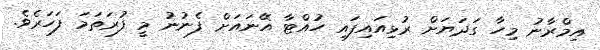
އިމްރާނު މިހާ ގަދަޔަށް ރުޅިއައިފައި ހުއްޓާ އޭނައަށް ފެނުނު މީ ފުރަތަމަ ފަހަރެވެ.